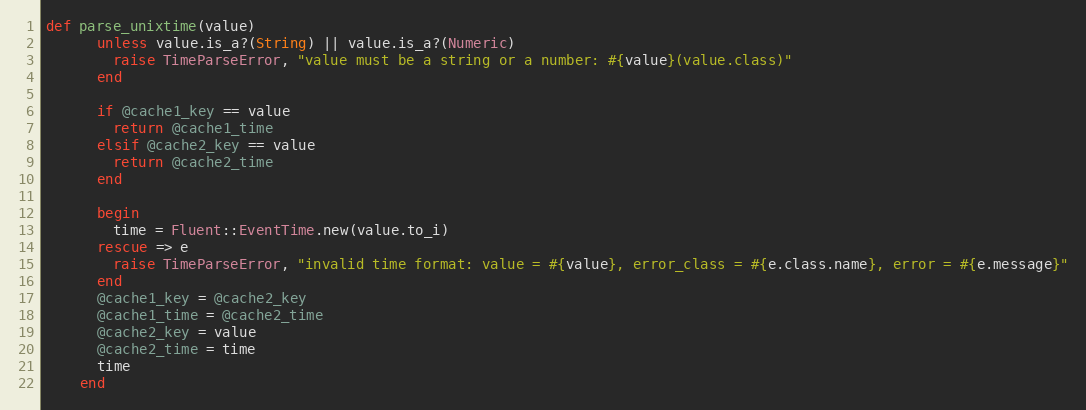
Language: Ruby
def parse_unixtime(value)
      unless value.is_a?(String) || value.is_a?(Numeric)
        raise TimeParseError, "value must be a string or a number: #{value}(value.class)"
      end

      if @cache1_key == value
        return @cache1_time
      elsif @cache2_key == value
        return @cache2_time
      end

      begin
        time = Fluent::EventTime.new(value.to_i)
      rescue => e
        raise TimeParseError, "invalid time format: value = #{value}, error_class = #{e.class.name}, error = #{e.message}"
      end
      @cache1_key = @cache2_key
      @cache1_time = @cache2_time
      @cache2_key = value
      @cache2_time = time
      time
    end